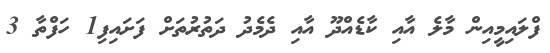
ފްލައިމީއިން މާލެ އާއި ކާޑެއްދޫ އާއި ދެމެދު ދަތުރުތަށް ފަށައިފި1 ހަފްތާ 3